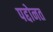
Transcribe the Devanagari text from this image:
पद्दोनत